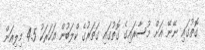
ގޮތުގައި ނޭނޭ އަށް މުސާރައިގެ ގޮތުގައި ގަތަރުގެ ކްލަބުން އަހަރަކު 4.5 މިލިއަން